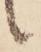
候